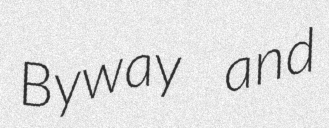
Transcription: Byway and